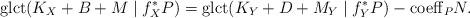
LaTeX: \begin{align*} {\rm glct}(K_X+B+M\mid f_X^*P) = {\rm glct}(K_Y+D+M_Y\mid f_Y^*P)-{\rm coeff}_PN.\end{align*}